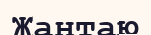
Жантаю